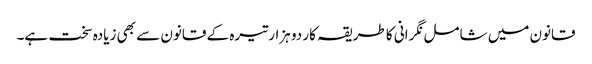
قانون میں شامل نگرانی کا طریقہ کار دو ہزار تیرہ کے قانون سے بھی زیادہ سخت ہے۔